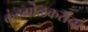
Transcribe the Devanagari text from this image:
कुंदगोळकरांना